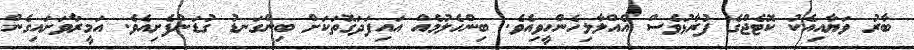
ބާރު ވަޔާއިއެކު ކޮޓެޖްގެ ފުރާޅުވެސް އެއްލާލިހެންހީވިއެވެ. ބިންހެލުމެއް އައިފަދަގޮތަކަށް ބިންގަނޑު ގުޑަންފެށިއެވެ. އަމީރާވަށައިގެން